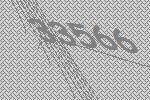
33566